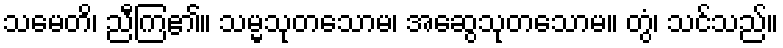
သမေတိ၊ ညီကြ၏။ သမ္မသုတသောမ၊ အဆွေသုတသောမ။ တွံ၊ သင်သည်။